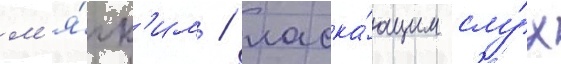
м'я́гк'им / ласка́ющим слу́х